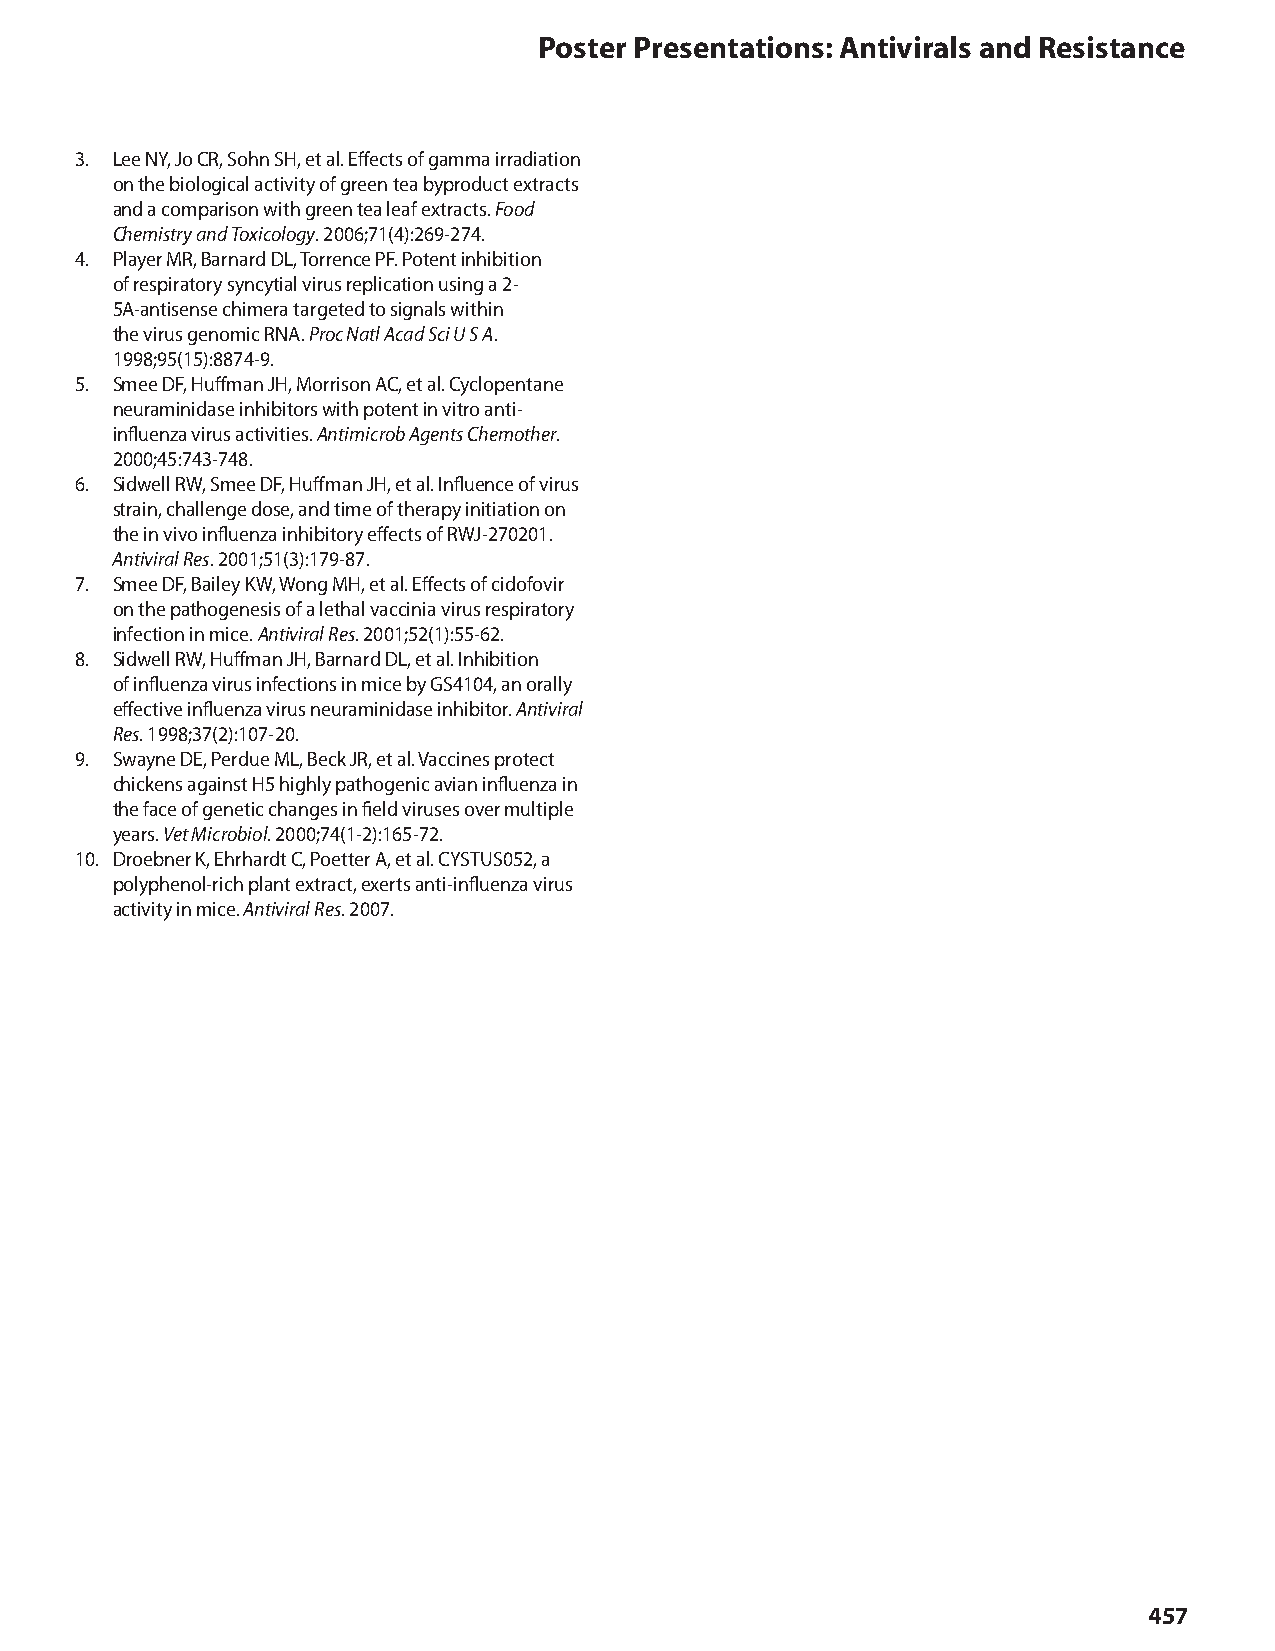
Poster Presentations: Antivirals and Resistance
 3. Lee NY, Jo CR, Sohn SH, et al. Effects of gamma irradiation
 on the biological activity of green tea byproduct extracts
 and a comparison with green tea leaf extracts. Food
 Chemistry and Toxicology. 2006;71(4):269-274.
 4. Player MR, Barnard DL, Torrence PF. Potent inhibition
 of respiratory syncytial virus replication using a 2-
 5A-antisense chimera targeted to signals within
 the virus genomic RNA. Proc Natl Acad Sci U S A.
 1998;95(15):8874-9.
 5. Smee DF, Huffman JH, Morrison AC, et al. Cyclopentane
 neuraminidase inhibitors with potent in vitro anti-
 influenza virus activities. Antimicrob Agents Chemother.
 2000;45:743-748.
 6. Sidwell RW, Smee DF, Huffman JH, et al. Influence of virus
 strain, challenge dose, and time of therapy initiation on
 the in vivo influenza inhibitory effects of RWJ-270201.
 Antiviral Res. 2001;51(3):179-87.
 7. Smee DF, Bailey KW, Wong MH, et al. Effects of cidofovir
 on the pathogenesis of a lethal vaccinia virus respiratory
 infection in mice. Antiviral Res. 2001;52(1):55-62.
 8. Sidwell RW, Huffman JH, Barnard DL, et al. Inhibition
 of influenza virus infections in mice by GS4104, an orally
 effective influenza virus neuraminidase inhibitor. Antiviral
 Res. 1998;37(2):107-20.
 9. Swayne DE, Perdue ML, Beck JR, et al. Vaccines protect
 chickens against H5 highly pathogenic avian influenza in
 the face of genetic changes in field viruses over multiple
 years. Vet Microbiol. 2000;74(1-2):165-72.
 10. Droebner K, Ehrhardt C, Poetter A, et al. CYSTUS052, a
 polyphenol-rich plant extract, exerts anti-influenza virus
 activity in mice. Antiviral Res. 2007.
 457